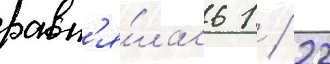
равн'я́лась 1 / 22